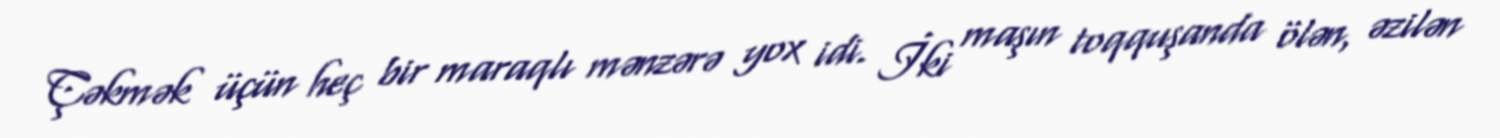
Çəkmək üçün heç bir maraqlı mənzərə yox idi. İki maşın toqquşanda ölən, əzilən